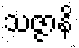
သဇ္ဇာနိ